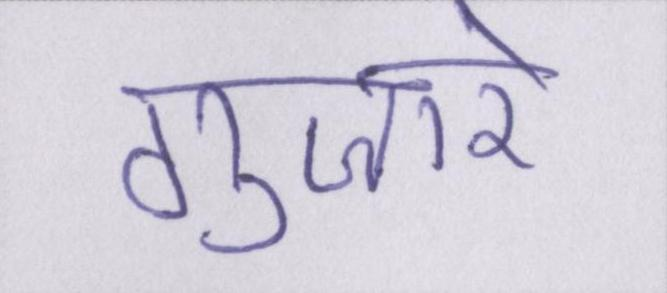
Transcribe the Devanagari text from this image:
गुज़ारे